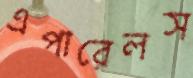
এপারেলস